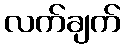
လက်ချက်